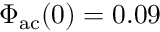
\Phi _ { \mathrm { a c } } ( 0 ) = 0 . 0 9